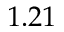
1 . 2 1